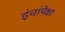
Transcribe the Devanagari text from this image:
इंचांपेक्षा